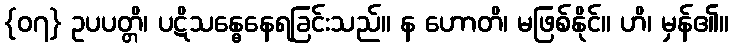
{၀၇} ဥပပတ္တိ၊ ပဋိသန္ဓေနေရခြင်းသည်။ န ဟောတိ၊ မဖြစ်နိုင်။ ဟိ၊ မှန်၏။